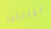
بيانات